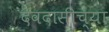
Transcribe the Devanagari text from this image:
देवदासीच्या